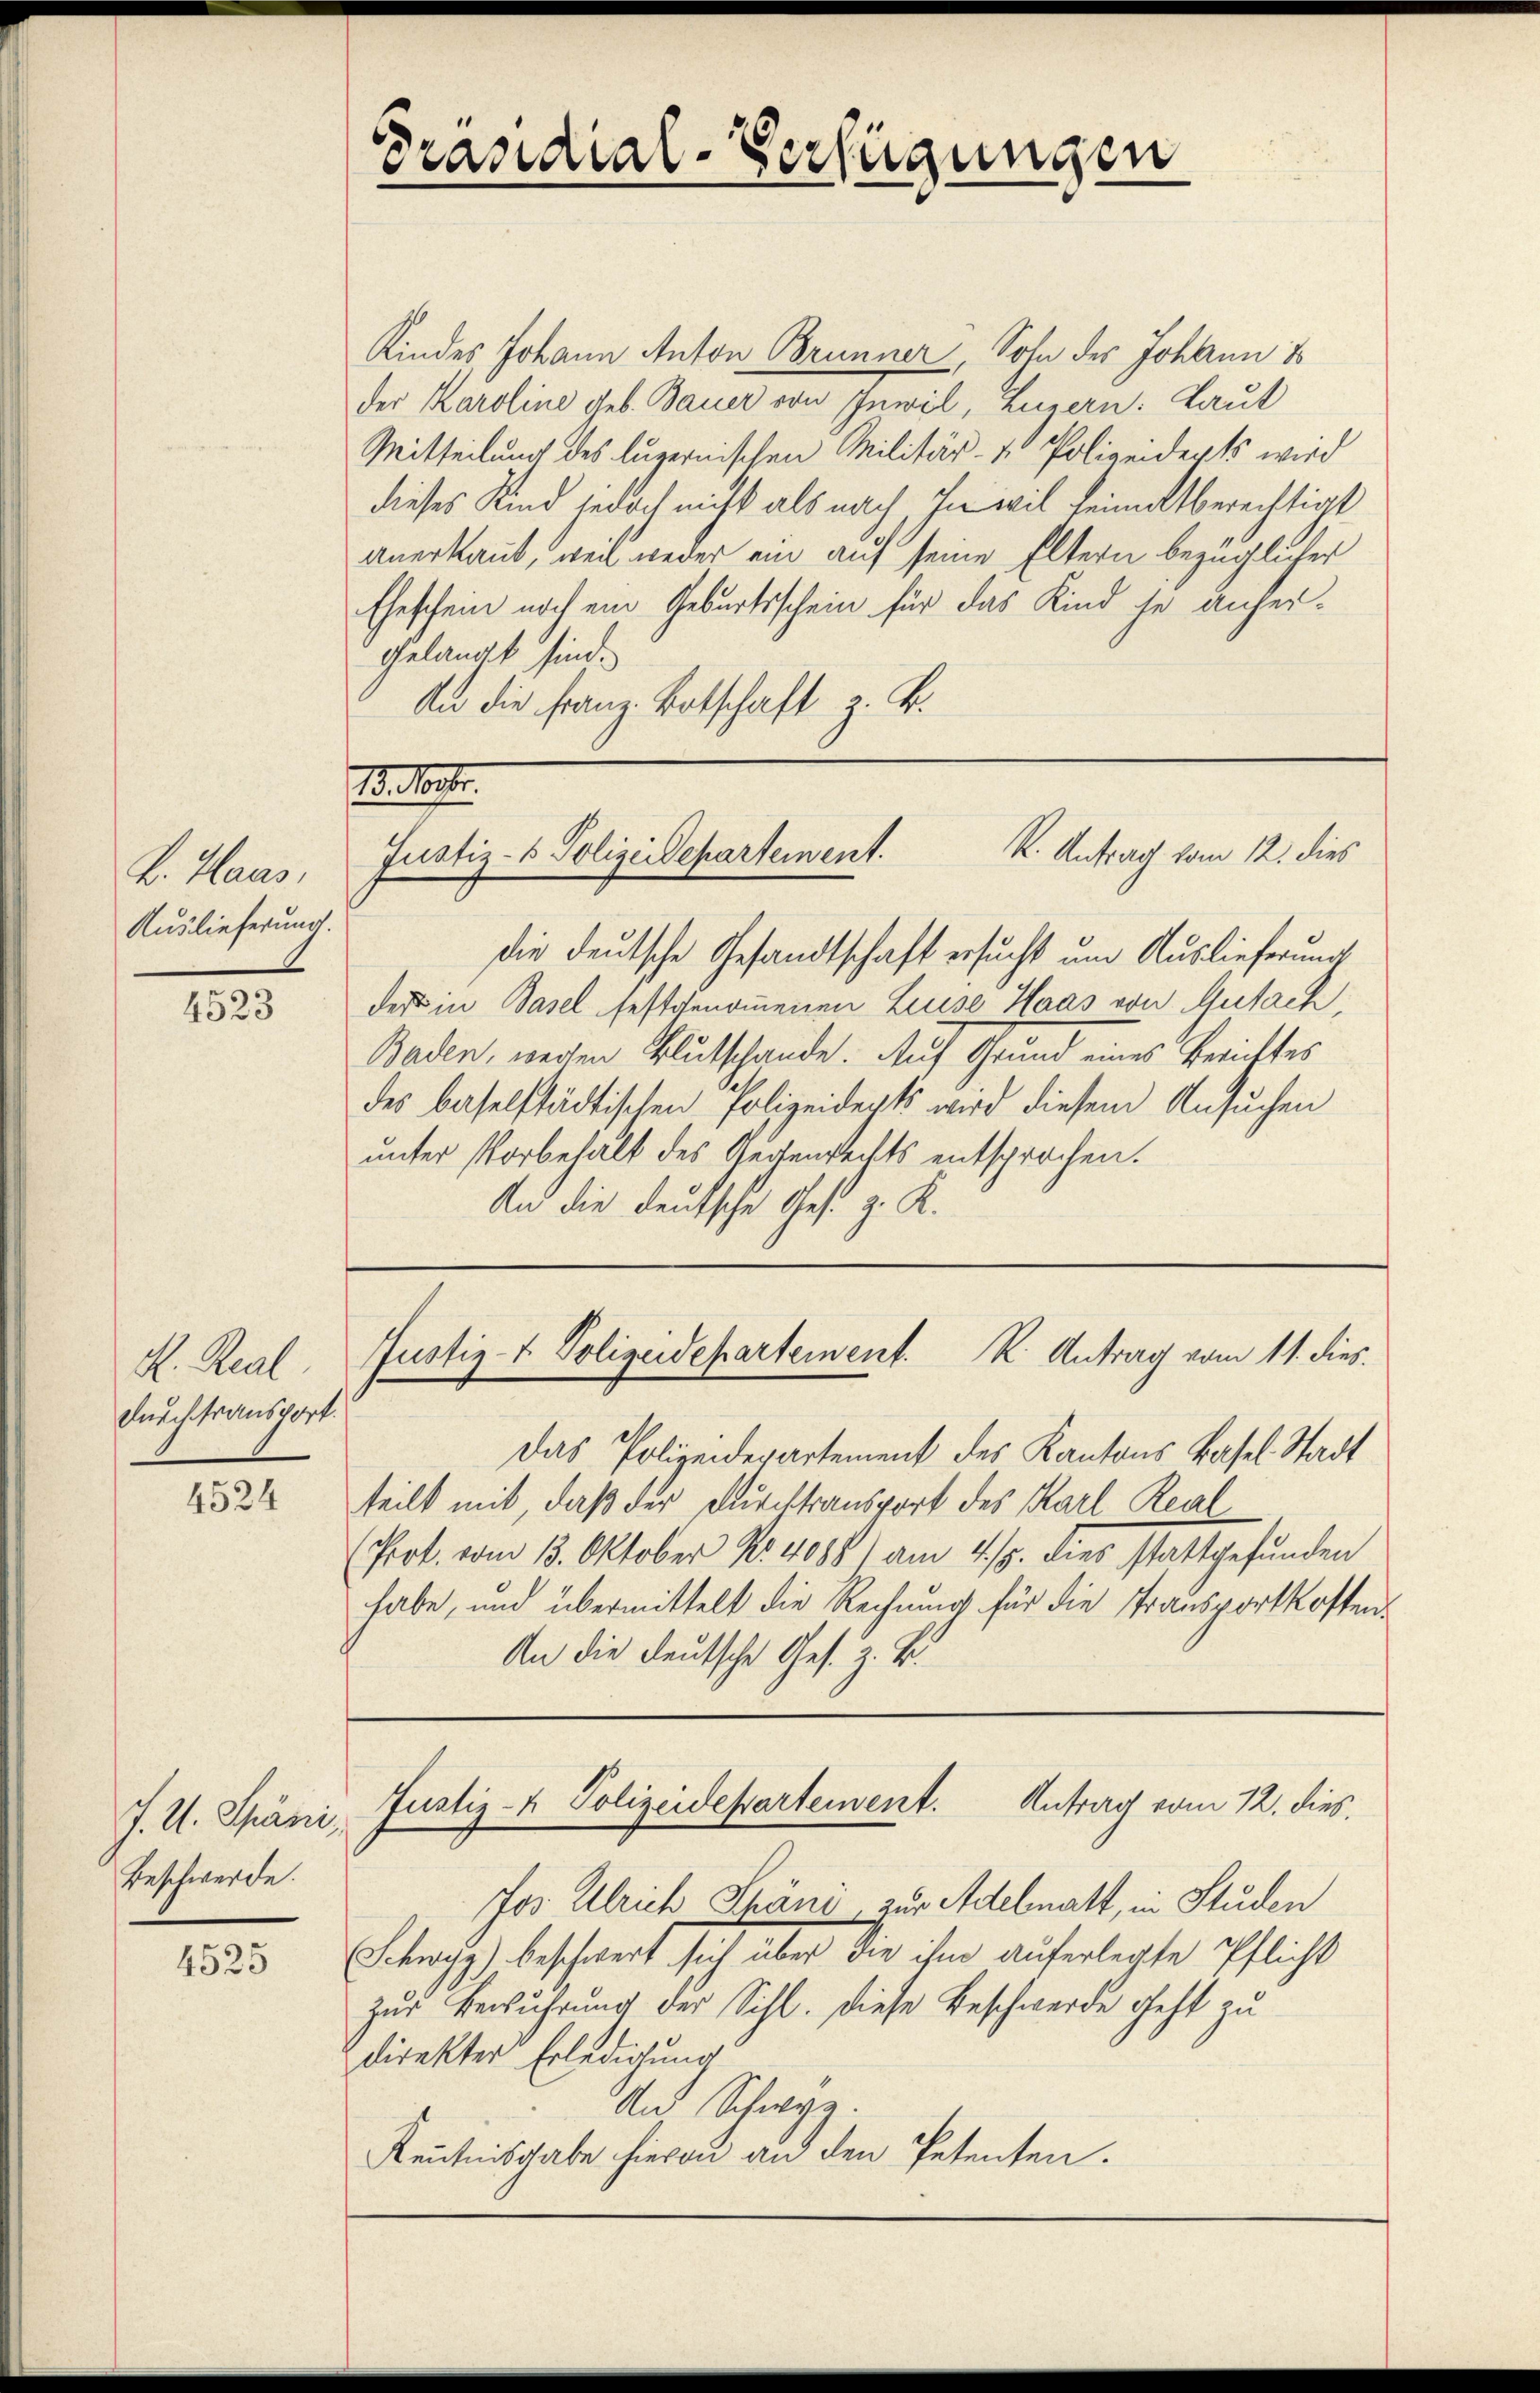
B. Haas,
Auslieferung.

4523

K. Real
durch transport.

4524

J. U. Späni,
Beschwerde.

4525

Präsidial-Verfügungen

Kindes Johann Anton Brunner, Sohn des Johann i
der Karoline geb. Bauer von Inwil, Luzern: Laut
Mitteilung des luzernischen Militär- & Polizeiderts wird
dieses Kind jedoch nicht als nach In wil heimatberechtigt
anerkannt, weil weder ein auf seine Eltern bezüglicher
Eheschein noch ein Geburtsschein für das Kind je anher¬
Gelangt sind.
An die Franz. Botschaft z. B.

. or.
K. Antrag vom 12. dies
Justiz- & Polizeiepartement.

die deutsche Gesandtschaft ersucht um Auslieferung
dest in Basel festgenommenen Luise Haas von Gutach,
Baden, wegen Blutschande. Auf Grund eines Berichtes
des baselstädtischen Polizeidepts wird diesem Ansuchen
unter Vorbehalt des Gegenrechts entsprochen.
An die deutsche Ges. z. K.

Justiz- & Polizeidepartement. K. Antrag vom 11. dies

Das Polizeidepartement des Kantons Basel. Stadt
teilt mit, daß der Durchtransport des Karl Real
(Prot. vom 13. Oktober Nr. 4088) am 4/5. dies stattgefunden
habe, und übermittelt die Rechnung für die Transportkosten¬
An die deutsche Ges. z. B.

Justiz- & Polizeidepartement. Antrag vom 12. dies

Jos Ulrich Phäni zur Adelmatt, in Studen
Schwyz) beschwert sich über die ihm auferlegte Pflicht
zur Berührung der Sihl. Diese Beschwerde geht zu
direkter Erledigung
An Schwyz.
Kentnisgabe hievon an den Petenten.